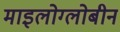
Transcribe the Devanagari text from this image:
माइलोग्लोबीन